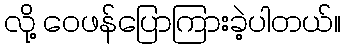
လို့ ဝေဖန်ပြောကြားခဲ့ပါတယ်။